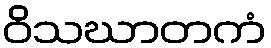
ဝိသဃာတကံ